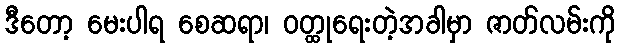
ဒီတော့ မေးပါရ စေဆရာ၊ ဝတ္ထုရေးတဲ့အခါမှာ ဇာတ်လမ်းကို